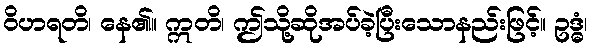
ဝိဟရတိ၊ နေ၏။ ဣတိ၊ ဤသို့ဆိုအပ်ခဲ့ပြီးသောနည်းဖြင့်။ ဥဒ္ဓံ၊